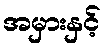
အမှားနှင့်